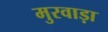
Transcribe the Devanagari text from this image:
मुरवाड़ा